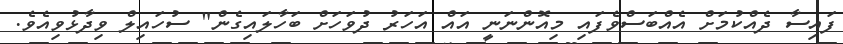
ފައިސާ ދެއްކުމަށް އެއްބަސްވެފައި މިއޮންނަނީ އައް އަހަރު ދުވަހަށް ބަހާލައިގެން" ސުހައިލް ވިދާޅުވިއެވެ.